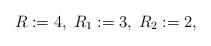
LaTeX: \begin{align*}R:=4,\; R_{1}:=3,\; R_{2}:= 2,\end{align*}